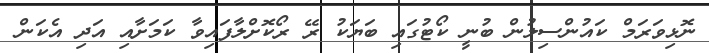
ނޮޅިވަރަމް ކައުންސިލުން ބުނީ ކޯޓުގައި ބަޔަކު ރޭ ރޯކޮށްލާފައިވާ ކަމަށާއި އަދި އެކަން